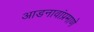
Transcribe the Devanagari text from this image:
आडनावांप्रमाणे